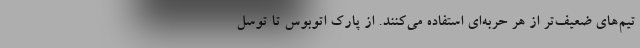
تیم‌های ضعیف‌تر از هر حربه‌ای استفاده می‌کنند. از پارک اتوبوس تا توسل